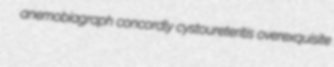
anemobiagraph concordly cystoureteritis overexquisite